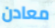
معادن